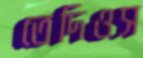
তেদিওস